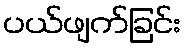
ပယ်ဖျက်ခြင်း